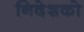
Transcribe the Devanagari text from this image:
निदेशको